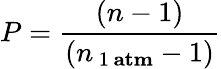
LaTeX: P=\frac{(n-1)}{(n_{\, 1\, \mathbf{atm}}-1)}